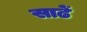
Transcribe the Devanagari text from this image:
साढें